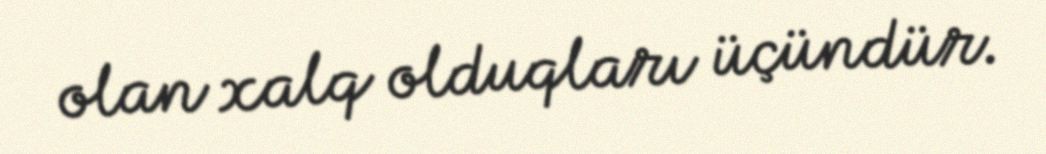
olan xalq olduqları üçündür.